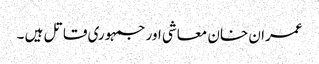
عمران خان معاشی اور جمہوری قاتل ہیں ۔